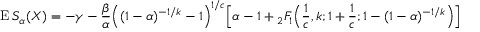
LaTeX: \operatorname { E } S _ { \alpha } ( X ) = - \gamma - { \frac { \beta } { \alpha } } { \Big ( } ( 1 - \alpha ) ^ { - 1 / k } - 1 { \Big ) } ^ { 1 / c } { \Big [ } \alpha - 1 + { _ { 2 } F _ { 1 } } { \Big ( } { \frac { 1 } { c } } , k ; 1 + { \frac { 1 } { c } } ; 1 - ( 1 - \alpha ) ^ { - 1 / k } { \Big ) } { \Big ] }